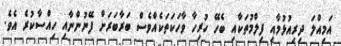
އަމިއްލަ ދިރިއުޅުމާއި ފިލްމުތަކާއި ބެހޭ ހުރިހާ ވާހަކަތަކެއްވެސް ބަރާބަރަށް ފޭނުންނާއި ހިއްސާކުރެ އެވެ.